Civil Veterinary Department ledger series I-VI
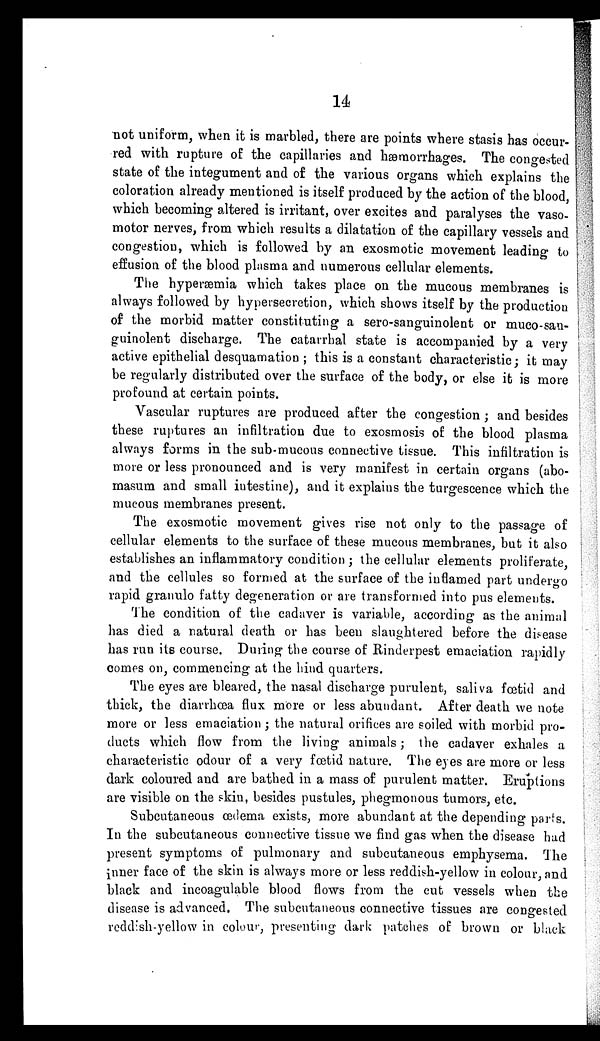
14
not uniform, when it is marbled, there are points where stasis has occur-
red with rupture of the capillaries and hæmorrhages. The congested
state of the integument and of the various organs which explains the
coloration already mentioned is itself produced by the action of the blood,
which becoming altered is irritant, over excites and paralyses the vaso-
motor nerves, from which results a dilatation of the capillary vessels and
congestion, which is followed by an exosmotic movement leading to
effusion of the blood plasma and numerous cellular elements.
The hyperæmia which takes place on the mucous membranes is
always followed by hypersecretion, which shows itself by the production
of the morbid matter constituting a sero-sanguinolent or muco-san-
guinolent discharge. The catarrhal state is accompanied by a very
active epithelial desquamation ; this is a constant characteristic; it may
be regularly distributed over the surface of the body, or else it is more
profound at certain points.
Vascular ruptures are produced after the congestion ; and besides
these ruptures an infiltration due to exosmosis of the blood plasma
always forms in the sub-mucous connective tissue. This infiltration is
more or less pronounced and is very manifest in certain organs (abo-
masum and small intestine), and it explains the turgescence which the
mucous membranes present.
The exosmotic movement gives rise not only to the passage of
cellular elements to the surface of these mucous membranes, but it also
establishes an inflammatory condition ; the cellular elements proliferate,
and the cellules so formed at the surface of the inflamed part undergo
rapid granulo fatty degeneration or are transformed into pus elements.
The condition of the cadaver is variable, according as the animal
has died a natural death or has been slaughtered before the disease
has run its course. During the course of Rinderpest emaciation rapidly
comes on, commencing at the hind quarters.
The eyes are bleared, the nasal discharge purulent, saliva fœtid and
thick, the diarrhœa flux more or less abundant. After death we note
more or less emaciation ; the natural orifices are soiled with morbid pro-
ducts which flow from the living animals; the cadaver exhales a
characteristic odour of a very fœtid nature. The eyes are more or less
dark coloured and are bathed in a mass of purulent matter. Eruptions
are visible on the skin, besides pustules, phegmonous tumors, etc.
Subcutaneous œdema exists, more abundant at the depending parts.
In the subcutaneous connective tissue we find gas when the disease had
present symptoms of pulmonary and subcutaneous emphysema. The
inner face of the skin is always more or less reddish-yellow in colour, and
black and incoagulable blood flows from the cut vessels when the
disease is advanced. The subcutaneous connective tissues are congested
reddish-yellow in colour, presenting dark patches of brown or black